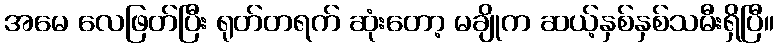
အမေ လေဖြတ်ပြီး ရုတ်တရက် ဆုံးတော့ မချိုက ဆယ့်နှစ်နှစ်သမီးရှိပြီ။